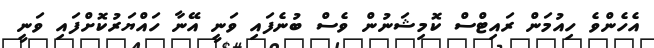
އެހެންވެ ހިއުމަން ރައިޓްސް ކޮމިޝަނުން ވެސް ބުނެފައި ވަނީ އޭނާ ހައްޔަރުކޮށްފައި ވަނީ